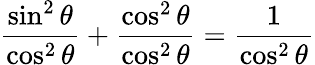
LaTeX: {\frac{\sin^{2}\theta}{\cos^{2}\theta}}+{\frac{\cos^{2}\theta}{\cos^{2}\theta}}={\frac{1}{\cos^{2}\theta}}